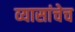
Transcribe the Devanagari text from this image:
व्यासांचेच